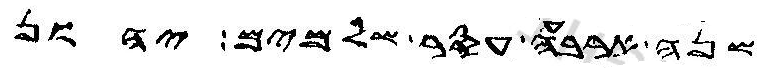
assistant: שנה ארבעה עסר שלמים יהון